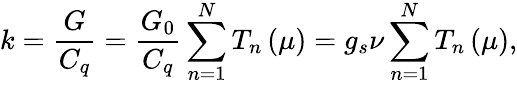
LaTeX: k=\frac{G}{C_{q}}=\frac{G_{0}}{C_{q}}\sum_{n=1}^{N}T_{n}\left(\mu\right)=g_{s}\nu\sum_{n=1}^{N}T_{n}\left(\mu\right),